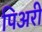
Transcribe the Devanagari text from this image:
पिअरी